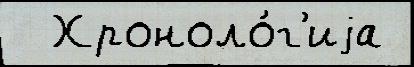
  Хроноло́г'иjа